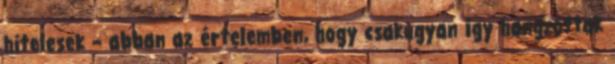
hitelesek – abban az értelemben, hogy csakugyan így hangzottak